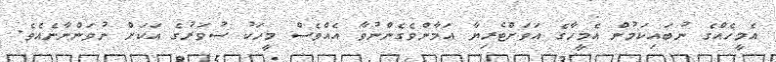
އެމީހެއްގެ ނުބައިކަމުން އެމީހާގެ އަވަށްޓެރިޔާ އަމާންވެގެންނުވާ އެއްވެސް މީހަކު ސުވަރުގެ އަކަށް ނުވަންނާނެއެވެ.